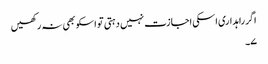
اگر راہداری اسکی اجازت نہیں دہتی تو اسکو بھی نہ رکھیں
۷۔